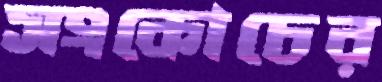
সংকোচের